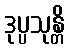
ဒုပ္ပသုန္တိ